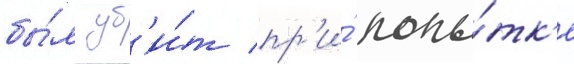
бы́л уб'и́т пр'и́ попы́тк'е